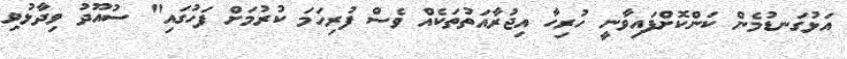
އަޅުގަނޑުމެން ކަންކޮށްފައިވާނީ ހުރިހާ އިޖުރާއަތުތަކެއް ވެސް ފުރިހަމަ ކުރުމަށް ފަހުގައި" ސުއޫދު ވިދާޅުވި